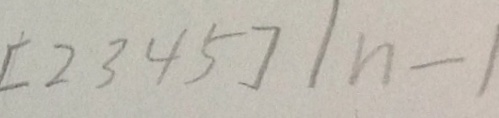
[ 2 3 4 5 ] \vert n - 1